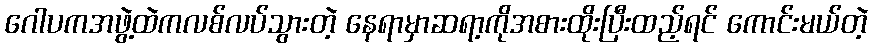
ဂေါပကအဖွဲ့ထဲကလစ်လပ်သွားတဲ့ နေရာမှာဆရာ့ကိုအစားထိုးပြီးထည့်ရင် ကောင်းမယ်တဲ့